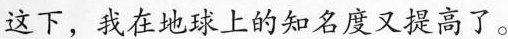
这下，我在地球上的知名度又提高了。